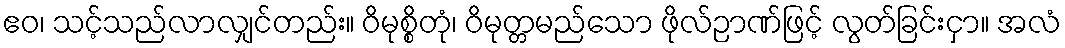
ဧဝ၊ သင့်သည်လာလျှင်တည်း။ ဝိမုစ္စိတုံ၊ ဝိမုတ္တမည်သော ဖိုလ်ဉာဏ်ဖြင့် လွတ်ခြင်းငှာ။ အလံ